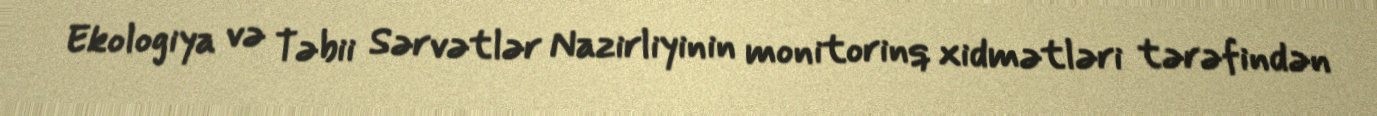
Ekologiya və Təbii Sərvətlər Nazirliyinin monitorinq xidmətləri tərəfindən